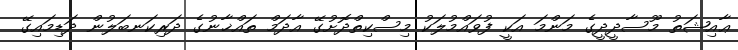
ޢާއިޝަތު މޫސާދީދީގެ މަންމަ އަކީ ފުވައްމުލަކު މިސްކިތްދޮށުގޭ އާދަމް ތައްޚާނުގެ ދަރިކަނބަލުން ދަޑިމައިގޭ